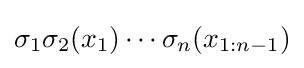
\sigma _{1}\sigma _{2}(x_{1})\cdots \sigma _{n}(x_{1:n-1})